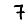
Digit: 7